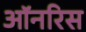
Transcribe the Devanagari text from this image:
ऑनरिस